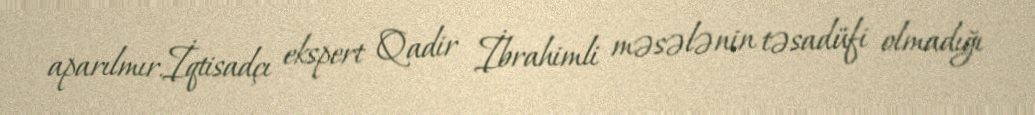
aparılmır.İqtisadçı ekspert Qadir İbrahimli məsələnin təsadüfi olmadığı